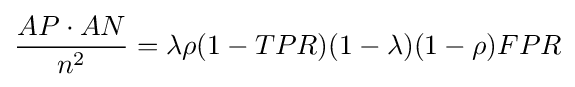
{\frac {AP\cdot AN}{n^{2}}}=\lambda \rho (1-TPR)(1-\lambda )(1-\rho )FPR